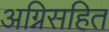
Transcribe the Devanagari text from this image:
अग्निसहित